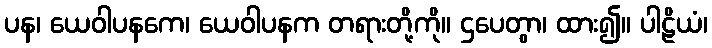
ပန၊ ယေဝါပနကေ၊ ယေဝါပနက တရားတို့ကို။ ဌပေတွာ၊ ထား၍။ ပါဠိယံ၊